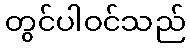
တွင်ပါဝင်သည်